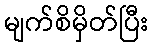
မျက်စိမှိတ်ပြီး